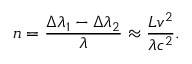
n = { \frac { \Delta \lambda _ { 1 } - \Delta \lambda _ { 2 } } { \lambda } } \approx { \frac { L v ^ { 2 } } { \lambda c ^ { 2 } } } .